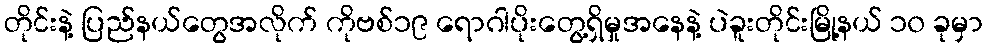
တိုင်းနဲ့ ပြည်နယ်တွေအလိုက် ကိုဗစ်၁၉ ရောဂါပိုးတွေ့ရှိမှုအနေနဲ့ ပဲခူးတိုင်းမြို့နယ် ၁၀ ခုမှာ